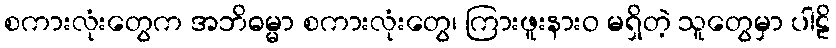
စကားလုံးတွေက အဘိဓမ္မာ စကားလုံးတွေ၊ ကြားဖူးနားဝ မရှိတဲ့ သူတွေမှာ ပါဠိ